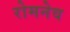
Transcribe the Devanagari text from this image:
रोमनेव